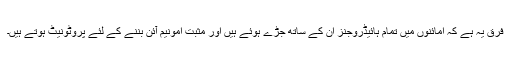
فرق یہ ہے کہ امائنوں میں تمام ہائیڈروجنز ان کے ساتھ جڑے ہوئے ہیں اور مثبت امونیم آئن بننے کے لئے پروٹونیٹ ہوتے ہیں۔